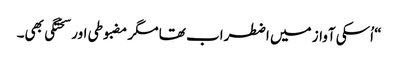
“ اُسکی آواز میں اضطراب تھا مگر مضبوطی اور سختگی بھی۔